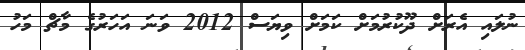
ނުލައި އެރަށް ދޫކުރުމަށް ކަމަށް ވިޔަސް 2012 ވަނަ އަހަރުގެ މާޗް މަހު